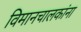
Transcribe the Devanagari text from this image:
विमानचालकांना